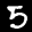
Label: 5